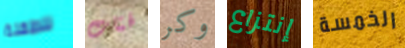
للطفلة فتات وكر إنتزاع الخمسة